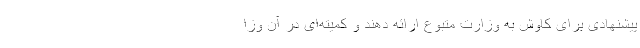
پیشنهادی برای کاوش به وزارت متبوع ارائه دهند و کمیته‌ای در آن وزا